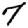
Digit: 7